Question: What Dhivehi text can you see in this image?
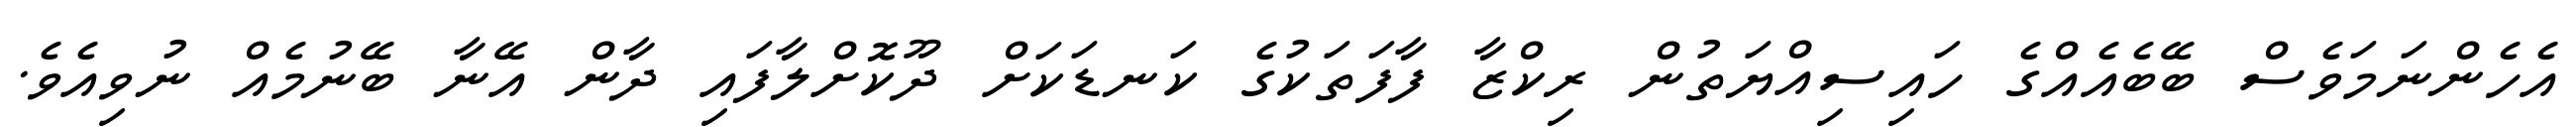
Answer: އެހެންނަމަވެސް ބޭބެއެއްގެ ހައިސިއްޔަތުން ރިކްޒާ ފާފަތަކުގެ ކަނޑަކަށް ދޫކޮށްލާފައި ދާން އޭނާ ބޭނުމެއް ނުވިއެވެ.